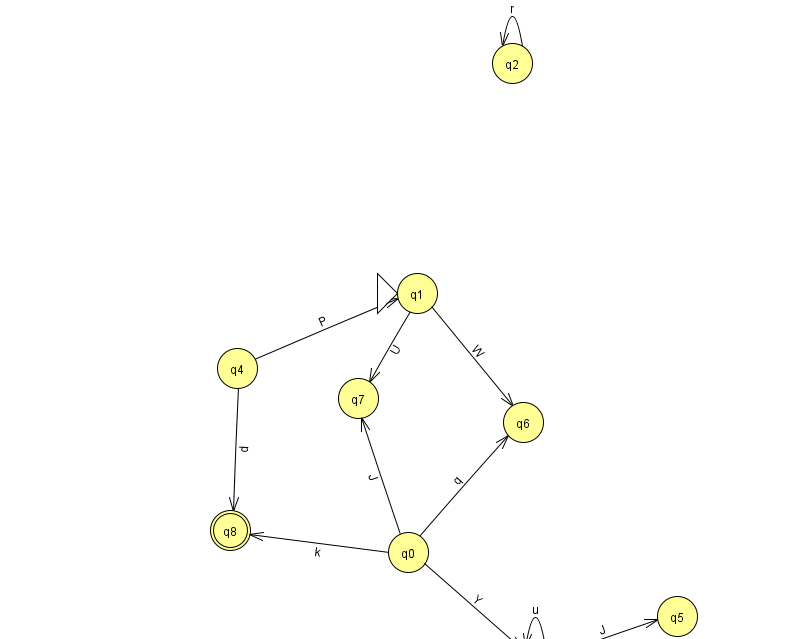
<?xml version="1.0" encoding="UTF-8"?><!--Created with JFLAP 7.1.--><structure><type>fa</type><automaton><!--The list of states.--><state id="0" name="q0"><x>408.0</x><y>539.0</y></state><state id="1" name="q1"><x>417.0</x><y>280.0</y><initial/></state><state id="2" name="q2"><x>512.0</x><y>50.0</y></state><state id="3" name="q3"><x>535.0</x><y>651.0</y></state><state id="4" name="q4"><x>237.0</x><y>355.0</y></state><state id="5" name="q5"><x>677.0</x><y>603.0</y></state><state id="6" name="q6"><x>523.0</x><y>409.0</y></state><state id="7" name="q7"><x>358.0</x><y>385.0</y></state><state id="8" name="q8"><x>230.0</x><y>517.0</y><final/></state><!--The list of transitions.--><transition><from>1</from><to>6</to><read>W</read></transition><transition><from>2</from><to>2</to><read>r</read></transition><transition><from>0</from><to>6</to><read>q</read></transition><transition><from>3</from><to>5</to><read>J</read></transition><transition><from>0</from><to>3</to><read>Y</read></transition><transition><from>0</from><to>7</to><read>J</read></transition><transition><from>3</from><to>3</to><read>u</read></transition><transition><from>4</from><to>1</to><read>P</read></transition><transition><from>4</from><to>8</to><read>d</read></transition><transition><from>0</from><to>8</to><read>k</read></transition><transition><from>1</from><to>7</to><read>U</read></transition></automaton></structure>